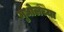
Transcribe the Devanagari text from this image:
मुधोलच्या